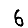
Digit: 6